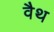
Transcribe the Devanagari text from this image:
वैथ